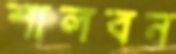
শালবন